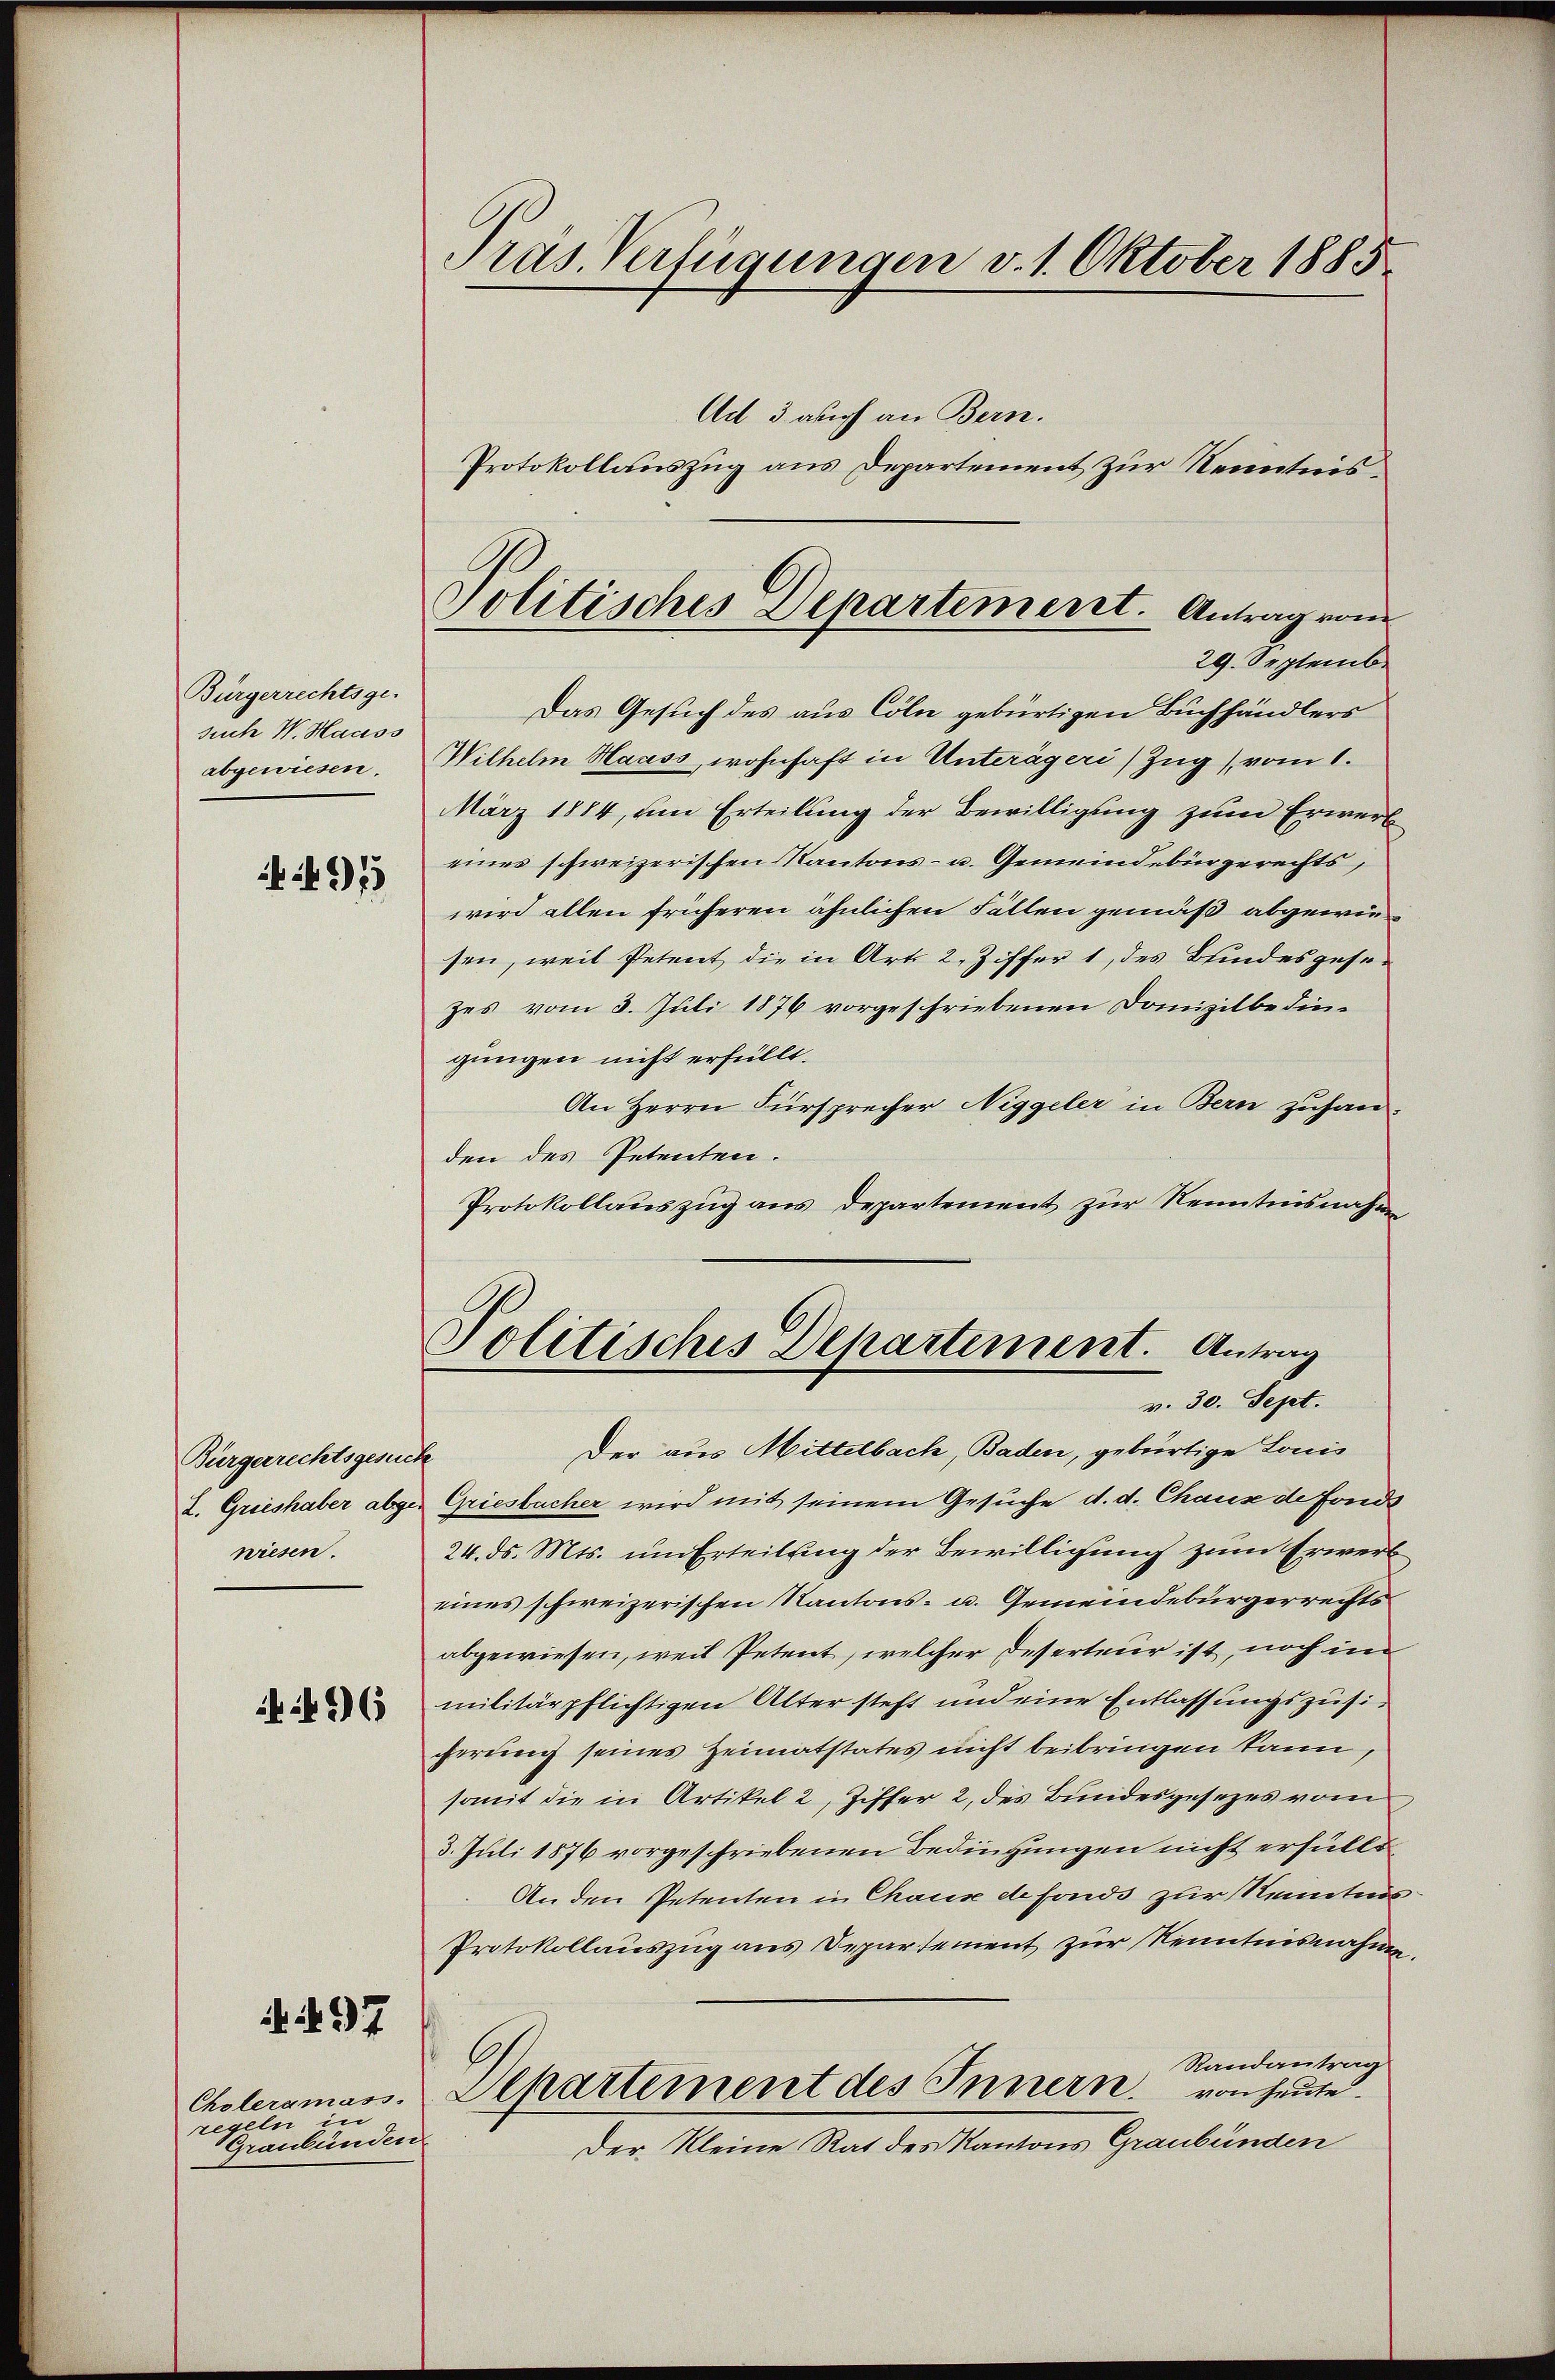
Bürgerrechtsge-
such W. Haass
abgewiesen.
 495

Bürgerrechtsgesuche
wiesen.

N. 26

. 497

regeln in
Graubünden

Präs. Verfügungen v. 1. Oktober 1885

Das Gesuch des aus Cöln gebürtigen Buchhändlers
Wilhelm Haass, wohnhaft in Unterägeri) Zug (vom 1.
März 1884, um Erteilung der Bewilligung zum Erwerb
eines schweizerischen Kantons- u. Gemeindebingerechts,
wird allen früheren ähnlichen Fällen gemäß abgewiesen, weil Petent die in Art. 2, Ziffer 1, des Bundesgesezes vom 3. Juli 1876 vorgeschriebenen Domizilbedingungen nicht erfüllt.
An Herrn Fürsprecher Niggeler in Bern zuhan-
den des Petenten.
Protokollauszug aus Departement zur Kenntnisnahm
Politisches Departement. Antrag
v. 30. Sept.
Der aus Mittelbach, Baden, gebürtige Lonis
2. Grieshaber abger Griesbacher wird mit seinem Gesuche d. d. Chaux de Fond
24. ds. Mts. um Erteilung der Bewilligung zum Erwert
eines schweizerischen Kantons- u. Gemeindebürgerrechts
abgewiesen, weil Petent, welcher Deserteur ist, noch ne
militärpflichtigen Alter steht und eine Entlassungszusicherung seines Heimatstates nicht beibringen kann,
somit die in Artikel 2, Ziffer 2, des Bundesgesezes vom
3. Juli 1876 vorgeschriebenen Bedingungen nicht erfüllt
An den Petenten in Chaux de fonds zur Kenntnis
Protokollauszug aus Departement zur Kenntnisnahme
Randantrag
von heute.
Choleramos. Separtement des Innern.
Der Kleine Rat des Kantons Graubünden

Ad 3 auch an Bern.
Protokollauszug aus Departement zur Kenntnis¬

Politisches Departement. Antrag vom
29. Septemb.